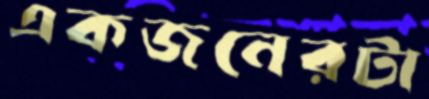
একজনেরটা